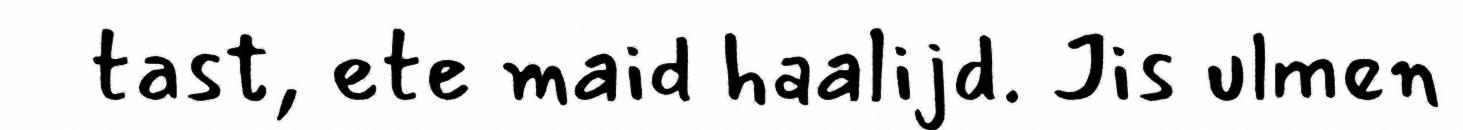
tast, ete maid haalijd. Jis ulmen